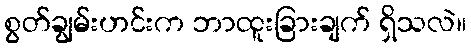
စွတ်ချွမ်းဟင်းက ဘာထူးခြားချက် ရှိသလဲ။